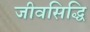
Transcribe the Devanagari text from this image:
जीवसिद्धि